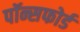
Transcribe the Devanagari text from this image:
पॉन्सफोर्ड